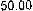
50.00